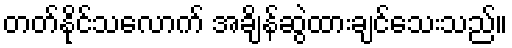
တတ်နိုင်သလောက် အချိန်ဆွဲထားချင်သေးသည်။